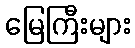
မြေကြီးများ